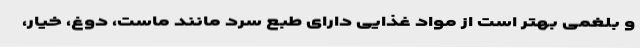
و بلغمی بهتر است از مواد غذایی دارای طبع سرد مانند ماست، دوغ، خیار،